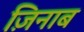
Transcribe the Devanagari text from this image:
ज़िनाब